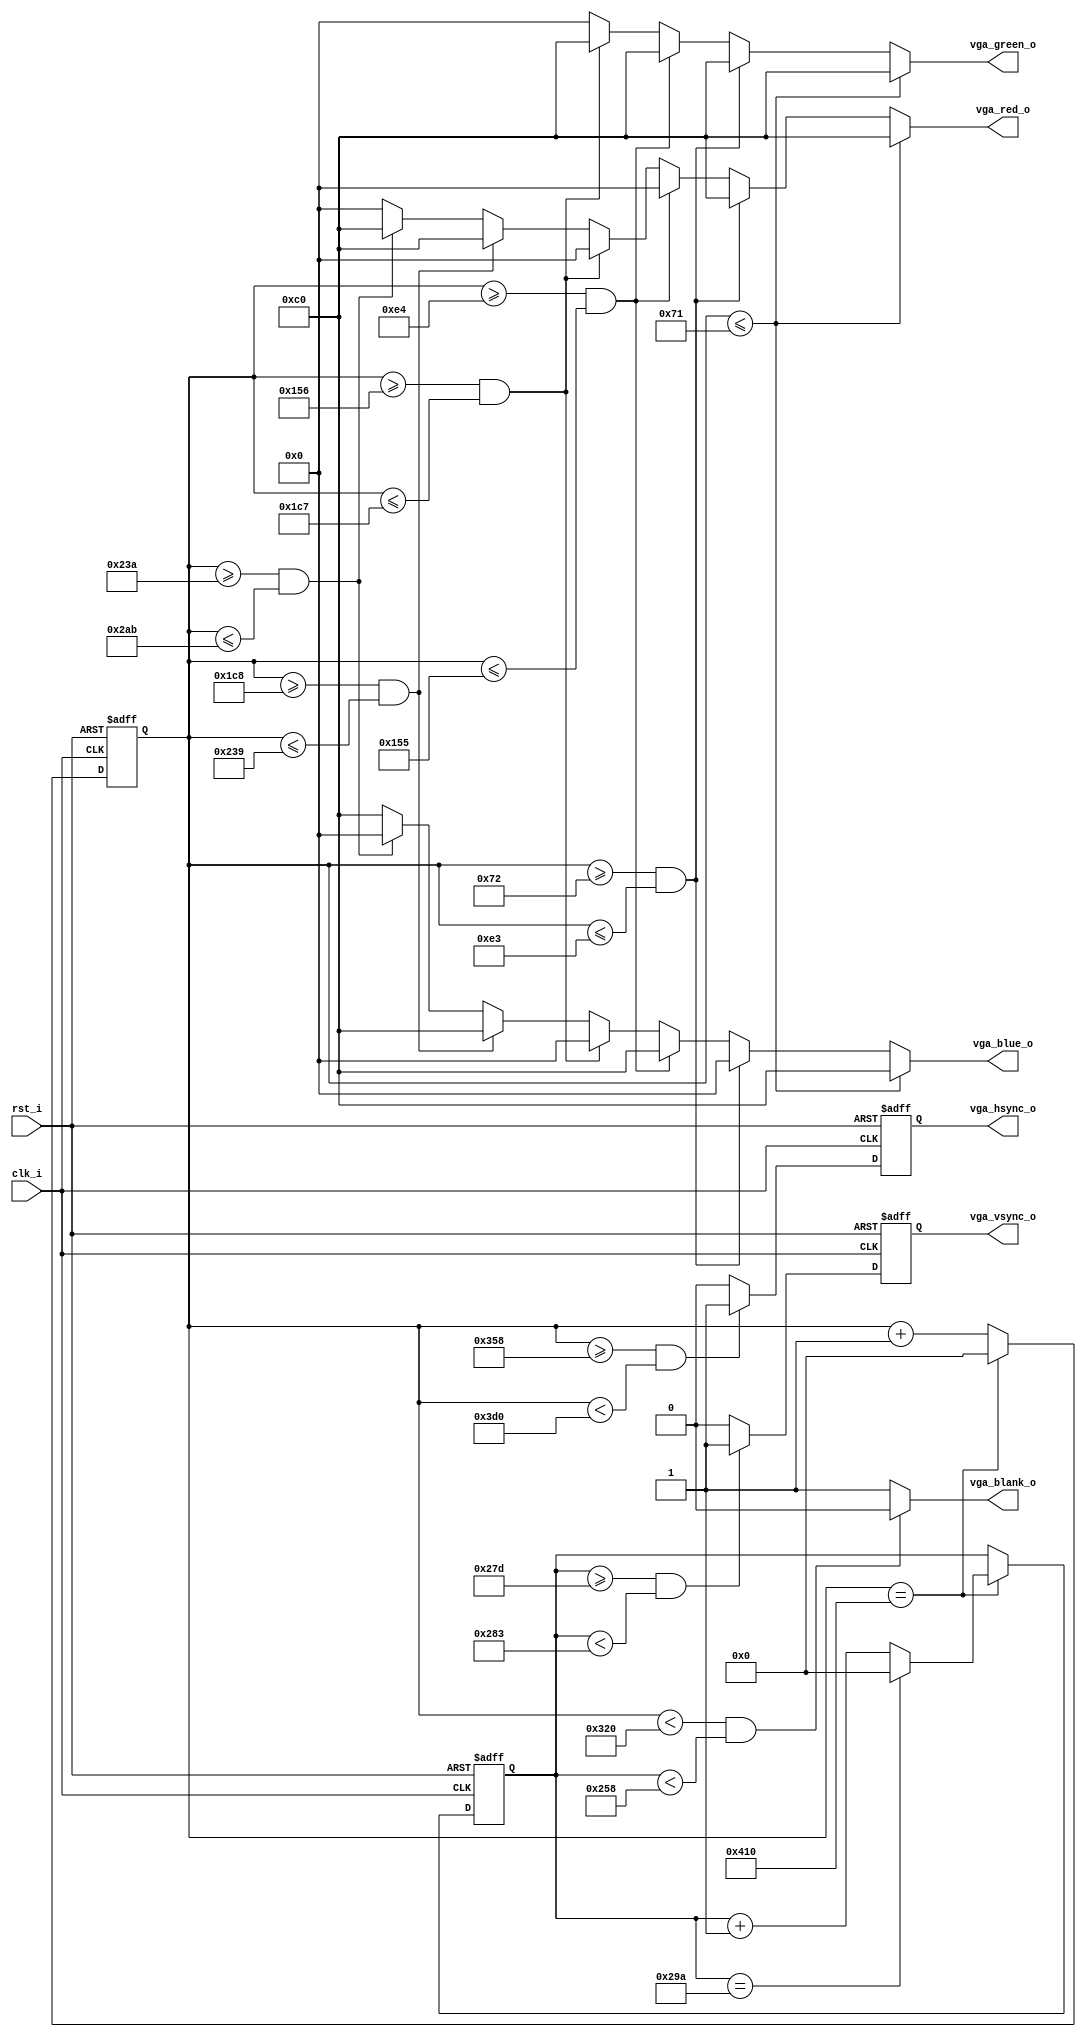

module video_gen
//-----------------------------------------------------------------
// Params
//-----------------------------------------------------------------
#(
     parameter WIDTH            = 800
    ,parameter HEIGHT           = 600
    ,parameter REFRESH          = 72
)
//-----------------------------------------------------------------
// Ports
//-----------------------------------------------------------------
(
    // Inputs
     input           clk_i
    ,input           rst_i

    // Outputs
    ,output [  7:0]  vga_red_o
    ,output [  7:0]  vga_green_o
    ,output [  7:0]  vga_blue_o
    ,output          vga_blank_o
    ,output          vga_hsync_o
    ,output          vga_vsync_o
);



//-----------------------------------------------------------------
// Video Timings
//-----------------------------------------------------------------
localparam H_REZ         = WIDTH;
localparam V_REZ         = HEIGHT;
localparam CLK_MHZ       = (WIDTH == 640 && REFRESH == 60)  ? 25.175 :
                           (WIDTH == 800 && REFRESH == 72)  ? 50.00  :
                           (WIDTH == 1280 && REFRESH == 60) ? 74.25  :
                           (WIDTH == 1920 && REFRESH == 60) ? 148.5  :
                                                              0;
localparam H_SYNC_START  = (WIDTH == 640 && REFRESH == 60)  ? 656 :
                           (WIDTH == 800 && REFRESH == 72)  ? 856 :
                           (WIDTH == 1280 && REFRESH == 60) ? 1390:
                           (WIDTH == 1920 && REFRESH == 60) ? 2008:
                                                              0;
localparam H_SYNC_END    = (WIDTH == 640 && REFRESH == 60)  ? 752 :
                           (WIDTH == 800 && REFRESH == 72)  ? 976 :
                           (WIDTH == 1280 && REFRESH == 60) ? 1430:
                           (WIDTH == 1920 && REFRESH == 60) ? 2052:
                                                              0;
localparam H_MAX         = (WIDTH == 640 && REFRESH == 60)  ? 800 :
                           (WIDTH == 800 && REFRESH == 72)  ? 1040:
                           (WIDTH == 1280 && REFRESH == 60) ? 1650:
                           (WIDTH == 1920 && REFRESH == 60) ? 2200:
                                                              0;
localparam V_SYNC_START  = (HEIGHT == 480 && REFRESH == 60) ? 490 :
                           (HEIGHT == 600 && REFRESH == 72) ? 637 :
                           (HEIGHT == 720 && REFRESH == 60) ? 725 :
                           (HEIGHT == 1080 && REFRESH == 60)? 1084 :
                                                              0;
localparam V_SYNC_END    = (HEIGHT == 480 && REFRESH == 60) ? 492 :
                           (HEIGHT == 600 && REFRESH == 72) ? 643 :
                           (HEIGHT == 720 && REFRESH == 60) ? 730 :
                           (HEIGHT == 1080 && REFRESH == 60)? 1089:
                                                              0;
localparam V_MAX         = (HEIGHT == 480 && REFRESH == 60) ? 525 :
                           (HEIGHT == 600 && REFRESH == 72) ? 666 :
                           (HEIGHT == 720 && REFRESH == 60) ? 750 :
                           (HEIGHT == 1080 && REFRESH == 60)? 1125:
                                                              0;

//-----------------------------------------------------------------
// Colour Bars
//-----------------------------------------------------------------
localparam H_STRIDE = WIDTH / 7;
localparam C0_S     = 0;
localparam C0_E     = H_STRIDE-1;
localparam C1_S     = C0_E + 1;
localparam C1_E     = C1_S + H_STRIDE - 1;
localparam C2_S     = C1_E + 1;
localparam C2_E     = C2_S + H_STRIDE - 1;
localparam C3_S     = C2_E + 1;
localparam C3_E     = C3_S + H_STRIDE - 1;
localparam C4_S     = C3_E + 1;
localparam C4_E     = C4_S + H_STRIDE - 1;
localparam C5_S     = C4_E + 1;
localparam C5_E     = C5_S + H_STRIDE - 1;
localparam C6_S     = C5_E + 1;
localparam C6_E     = C6_S + H_STRIDE - 1;

//-----------------------------------------------------------------
// HSYNC, VSYNC
//-----------------------------------------------------------------
reg [11:0] h_pos_q;
reg [11:0] v_pos_q;
reg        h_sync_q;
reg        v_sync_q;
reg        active_q;

always @ (posedge clk_i or posedge rst_i)
if (rst_i)
    h_pos_q  <= 12'b0;
else if (h_pos_q == H_MAX)
    h_pos_q  <= 12'b0;
else
    h_pos_q  <= h_pos_q + 12'd1;

always @ (posedge clk_i or posedge rst_i)
if (rst_i)
    v_pos_q  <= 12'b0;
else if (h_pos_q == H_MAX)
begin
    if (v_pos_q == V_MAX)
        v_pos_q  <= 12'b0;
    else
        v_pos_q  <= v_pos_q + 12'd1;
end

always @ (posedge clk_i or posedge rst_i)
if (rst_i)
    h_sync_q  <= 1'b0;
else if (h_pos_q >= H_SYNC_START && h_pos_q < H_SYNC_END)
    h_sync_q  <= 1'b1;
else
    h_sync_q  <= 1'b0;

always @ (posedge clk_i or posedge rst_i)
if (rst_i)
    v_sync_q  <= 1'b0;
else if (v_pos_q >= V_SYNC_START && v_pos_q < V_SYNC_END)
    v_sync_q  <= 1'b1;
else
    v_sync_q  <= 1'b0;

// 75% white   (192, 192, 192)
// 75% yellow  (192, 192, 0)
// 75% cyan    (0, 192, 192)
// 75% green   (0, 192, 0)
// 75% magenta (192, 0, 192)
// 75% red (192, 0, 0)
// 75% blue    (0, 0, 192)
reg [7:0] red_r;
reg [7:0] green_r;
reg [7:0] blue_r;

always @ *
begin
    red_r   = 8'b0;
    green_r = 8'b0;
    blue_r  = 8'b0;

    if (h_pos_q <= C0_E)
    begin
        red_r   = 8'd192;
        green_r = 8'd192;
        blue_r  = 8'd192;
    end
    else if (h_pos_q >= C1_S && h_pos_q <= C1_E)
    begin
        red_r   = 8'd192;
        green_r = 8'd192;
        blue_r  = 8'd0;
    end
    else if (h_pos_q >= C2_S && h_pos_q <= C2_E)
    begin
        red_r   = 8'd0;
        green_r = 8'd192;
        blue_r  = 8'd192;
    end
    else if (h_pos_q >= C3_S && h_pos_q <= C3_E)
    begin
        red_r   = 8'd0;
        green_r = 8'd192;
        blue_r  = 8'd0;
    end
    else if (h_pos_q >= C4_S && h_pos_q <= C4_E)
    begin
        red_r   = 8'd192;
        green_r = 8'd0;
        blue_r  = 8'd192;
    end
    else if (h_pos_q >= C5_S && h_pos_q <= C5_E)
    begin
        red_r   = 8'd192;
        green_r = 8'd0;
        blue_r  = 8'd0;
    end
    else //if (h_pos_q >= C6_S && h_pos_q <= C6_E)
    begin
        red_r   = 8'd0;
        green_r = 8'd0;
        blue_r  = 8'd192;
    end
end

assign vga_red_o   = red_r;
assign vga_green_o = green_r;
assign vga_blue_o  = blue_r;
assign vga_hsync_o = h_sync_q;
assign vga_vsync_o = v_sync_q;
assign vga_blank_o = (h_pos_q < H_REZ && v_pos_q < V_REZ) ? 1'b0 : 1'b1;



endmodule